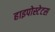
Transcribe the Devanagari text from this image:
हाइपोस्टेटस